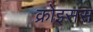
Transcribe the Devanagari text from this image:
क्रोइसस